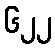
၆၂၂